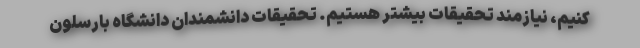
کنیم، نیازمند تحقیقات بیشتر هستیم. تحقیقات دانشمندان دانشگاه بارسلون